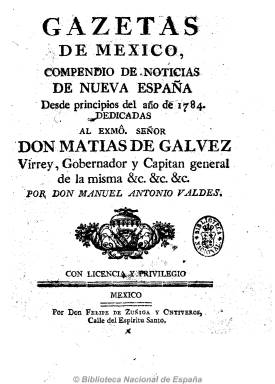
Título: Gazeta de México (1784)
Otros títulos: Gaceta de México
Colección: Gacetas
Ámbito geográfico: México
Lugar de publicación: México
Fechas: 01/01/1784-30/12/1809

Fundada, dirigida y redactada por el periodista mejor dotado de este país en el siglo dieciocho e impresor Manuel Antonio Valdés Murguía y Saldaña (1742-1814), sus antecedentes se encuentran en la Gaceta de México (1722), Gazeta de México (1728-1739) y Mercurio de México (1740-1744), primeras publicaciones periódicas herederas a su vez de las relaciones y gazetas impresas o reimpresas en Nueva España en el siglo diecisiete. Esta que empieza a editarse el 14 de enero de 1784 lo hace bajo licencia y privilegio del virrey, gobernador y capitán general de Nueva España Matías de Gálvez y, como periódico oficioso de las autoridades de la Corona española. Su frecuencia de aparición será variada; hasta 1792, con periodicidad quincenal; por mayo de 1793 lo es semanal; en 1797, mensual, y a finales de 1806 lo era bisemanal. Algunas veces aparecía los miércoles, y otras, los martes y sábados. Sus entregas son de ocho páginas, compuestas a una columna, el formato típico de los periódicos del dieciocho, siendo su impresor Felipe de Zúñiga y Ontiveros. Desde 1805 aparecerá como editor el español Juan López Cancelada, con el que Valdés se había asociado, y que será quien la convierta en quincenal.

Sus contenidos son los propios de las gazetas de la época: noticias y sucesos de Nueva España, encabezadas por las diferentes ciudades del país (México, Puebla, Oaxaca, San Luis Potosí, Acapulco, Veracruz, Guadalaxara, Cuernavaca, etc.) y de España, Francia, Inglaterra, Rusia o Turquía, o de otras naciones americanas, tomadas generalmente de otras gazetas y especialmente de la de Madrid; noticias y artículos sobre ciencias, medicina, historia natural, economía, comercio, religión o literatura; piezas poéticas; precios de los productos, labrado de oro y plata, nombramientos y provisión de plazas y puestos oficiales, actividades del virrey y del cabildo; reales órdenes y oficios; bibliografía; avisos y encargos (inserciones de anuncios) de ventas de esclavos, casas, viviendas, alhajas, o pérdidas y hallazgos.

Las entregas van datadas y numeradas, secuenciadas y con compaginación continuada anual, pero carecen de pie de imprenta, que sí aparece en las portadas de cada uno de los dieciséis tomos que, generalmente, cuentan con índices anuales, y que forman la colección hasta el 30 de diciembre de 1809. Cuenta asimismo con números extraordinarios y con suplementos, que a partir de 1794 iniciaron numeración propia.

Tras publicar el número 153, correspondiente al 30 de diciembre de 1809, el dos de enero de 1810 este periódico cambia su cabecera y se denominará Gazeta del Gobierno de México, reiniciando la secuencia de sus tomos y números y la paginación. Gazeta esta que irá modificando sucesivamente su cabecera, hasta 1835. Véase también este título en la Hemeroteca Digital de la BNE. La prensa oficial mexicana ha sido estudiada principalmente por Martha Celis de la Cruz.